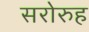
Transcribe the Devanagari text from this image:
सरोरुह